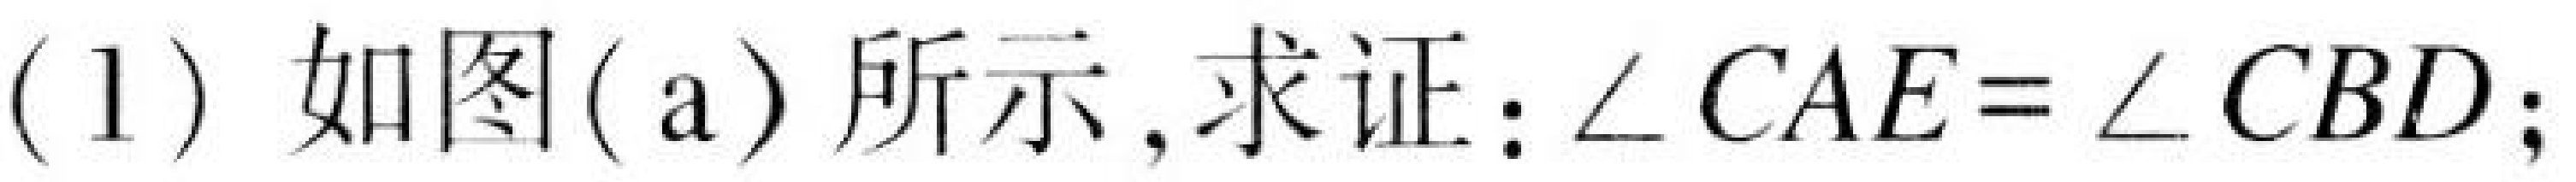
(1) 如图(a)所示, 求证：\(\angle CAE=\angle CBD\);